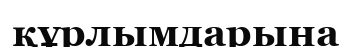
құрлымдарына